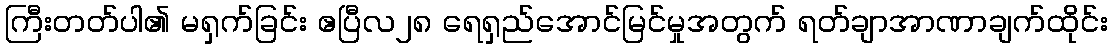
ကြီးတတ်ပါ၏ မရှက်ခြင်း ဧပြီလ၂၈ ရေရှည်အောင်မြင်မှုအတွက် ရတ်ချာအာဏာချက်ထိုင်း